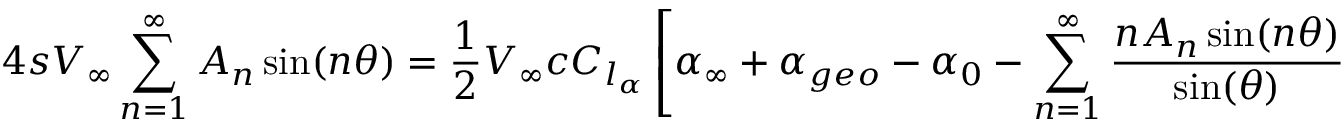
4 s V _ { \infty } \sum _ { n = 1 } ^ { \infty } A _ { n } \sin ( n \theta ) = { \frac { 1 } { 2 } } V _ { \infty } c C _ { l _ { \alpha } } \left[ \alpha _ { \infty } + \alpha _ { g e o } - \alpha _ { 0 } - \sum _ { n = 1 } ^ { \infty } { \frac { n A _ { n } \sin ( n \theta ) } { \sin ( \theta ) } } \right] \qquad ( 1 0 )